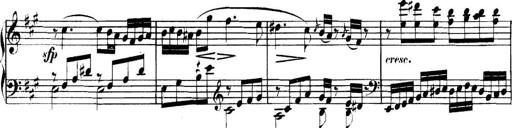
Title: Collected Piano Sonatas
Composer: Muzio Clementi